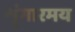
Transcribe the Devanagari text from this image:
शृंगारमय